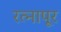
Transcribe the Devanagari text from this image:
रत्‍नापूर